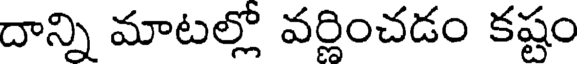
దాన్ని మాటల్లో వర్ణించడం కష్టం